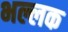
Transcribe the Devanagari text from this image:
भल्लक